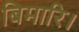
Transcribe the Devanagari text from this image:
बिमारि।